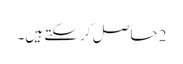
2 حاصل کر سکتے ہیں۔